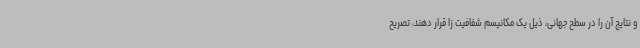
و نتایج آن را در سطح جهانی، ذیل یک مکانیسم شفافیت زا قرار دهند، تصریح